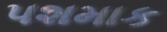
પશમાક